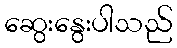
ဆွေးနွေးပါသည်